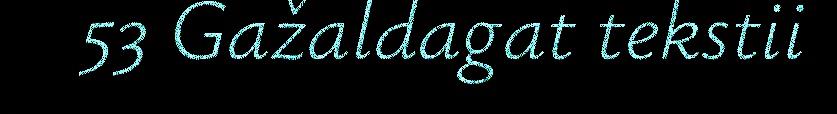
53 Gažaldagat tekstii